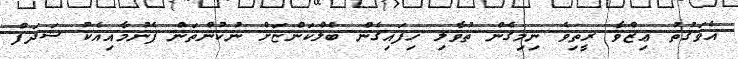
އެވަގުތު ޢިޒްވާ ރީތިވެ ނިމިގެން ތުވާލި ހިފައިގެން ބެލްކަންޏަށް ނުކުންތަން ފެނުމާއިއެކު ޝަދަފް